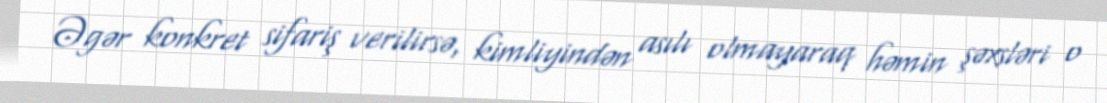
Əgər konkret sifariş verilirsə, kimliyindən asılı olmayaraq həmin şəxsləri o